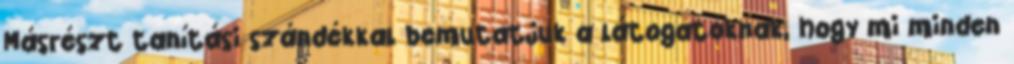
Másrészt tanítási szándékkal bemutatjuk a látogatóknak, hogy mi minden